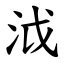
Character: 泧